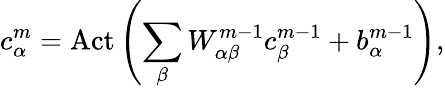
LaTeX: c_{\alpha}^{m}=\mathrm{Act}\left(\sum_{\beta}W_{\alpha\beta}^{m-1}c_{\beta}^{m-1}+b_{\alpha}^{m-1}\right),